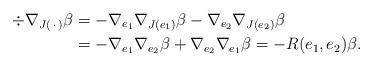
LaTeX: \begin{align*}\div \nabla_{J(\,\cdot\,)} \beta & = - \nabla_{e_1}\nabla_{J(e_1)} \beta - \nabla_{e_2}\nabla_{J(e_2)} \beta \\ &= - \nabla_{e_1}\nabla_{e_2} \beta + \nabla_{e_2}\nabla_{e_1} \beta= -R(e_1,e_2) \beta.\end{align*}